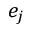
e _ { j }